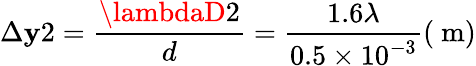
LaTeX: \Delta\mathbf{y}2=\frac{{\lambdaD2}}{{d}}=\frac{{1.6\lambda}}{{0.5\times10^{-3}}}(\mathrm{{~m}})